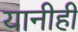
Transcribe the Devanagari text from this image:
यानीही